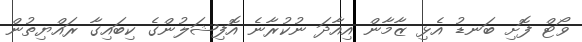
ވޯޓް ފޮށި ބަނޑު އެޅި ޒާމާން އިއާދަ ނުކުރާނެ އޮފިޝަލުންގެ ކިބައިގާ ރައްޔިތުން